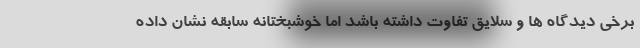
برخی دیدگاه ها و سلایق تفاوت داشته باشد اما خوشبختانه سابقه نشان داده